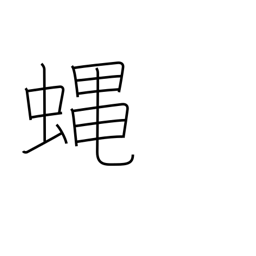
Meaning: fly